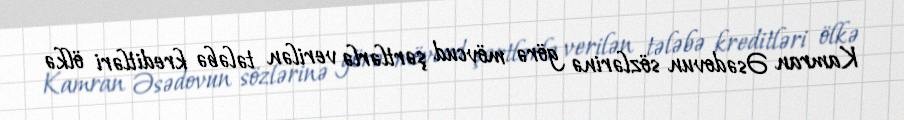
Kamran Əsədovun sözlərinə görə mövcud şərtlərlə verilən tələbə kreditləri ölkə